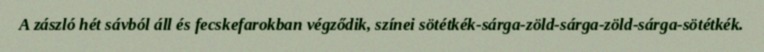
A zászló hét sávból áll és fecskefarokban végződik, színei sötétkék-sárga-zöld-sárga-zöld-sárga-sötétkék.